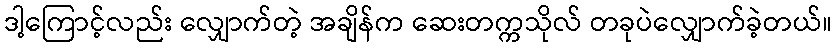
ဒါ့ကြောင့်လည်း လျှောက်တဲ့ အချိန်က ဆေးတက္ကသိုလ် တခုပဲလျှောက်ခဲ့တယ်။